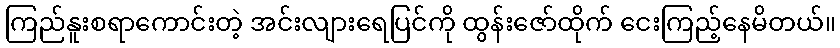
ကြည်နူးစရာကောင်းတဲ့ အင်းလျားရေပြင်ကို ထွန်းဇော်ထိုက် ငေးကြည့်နေမိတယ်။